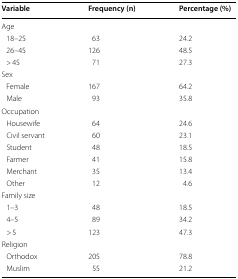
<table><thead><tr><td><b>Variable</b></td><td><b>Frequency (n)</b></td><td><b>Percentage (%)</b></td></tr></thead><tbody><tr><td colspan="3">Age</td></tr><tr><td> 18–25</td><td>63</td><td>24.2</td></tr><tr><td> 26–45</td><td>126</td><td>48.5</td></tr><tr><td> &gt; 45</td><td>71</td><td>27.3</td></tr><tr><td colspan="3">Sex</td></tr><tr><td> Female</td><td>167</td><td>64.2</td></tr><tr><td> Male</td><td>93</td><td>35.8</td></tr><tr><td colspan="3">Occupation</td></tr><tr><td> Housewife</td><td>64</td><td>24.6</td></tr><tr><td> Civil servant</td><td>60</td><td>23.1</td></tr><tr><td> Student</td><td>48</td><td>18.5</td></tr><tr><td> Farmer</td><td>41</td><td>15.8</td></tr><tr><td> Merchant</td><td>35</td><td>13.4</td></tr><tr><td> Other</td><td>12</td><td>4.6</td></tr><tr><td colspan="3">Family size</td></tr><tr><td> 1–3</td><td>48</td><td>18.5</td></tr><tr><td> 4–5</td><td>89</td><td>34.2</td></tr><tr><td> &gt; 5</td><td>123</td><td>47.3</td></tr><tr><td colspan="3">Religion</td></tr><tr><td> Orthodox</td><td>205</td><td>78.8</td></tr><tr><td> Muslim</td><td>55</td><td>21.2</td></tr></tbody></table>